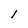
Character: 1